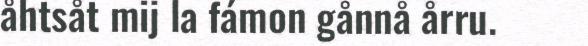
åhtsåt mij la fámon gånnå årru.